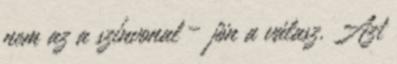
nem az a színvonal – jön a válasz. Azt